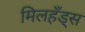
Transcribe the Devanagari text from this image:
मिलहँड्‌स